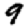
Digit: 9